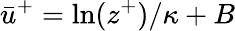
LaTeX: \bar{u}^{+}=\ln(z^{+})/\kappa+B